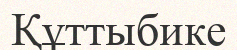
Құттыбике